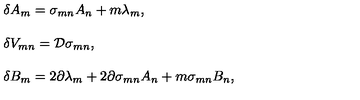
\begin{array} { r c l } { } & { } & { \delta A _ { m } = \sigma _ { m n } A _ { n } + m \lambda _ { m } , } \\ { } & { } & { } \\ { } & { } & { \delta V _ { m n } = { \cal D } \sigma _ { m n } , } \\ { } & { } & { } \\ { } & { } & { \delta B _ { m } = 2 \partial \lambda _ { m } + 2 \partial \sigma _ { m n } A _ { n } + m \sigma _ { m n } B _ { n } , } \\ \end{array}